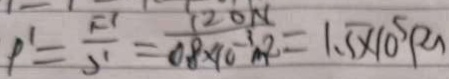
P ^ { \prime } = \frac { F ^ { \prime } } { S ^ { \prime } } = \frac { 1 2 0 N } { 0 . 8 \times 1 0 ^ { - 3 } m ^ { 2 } } = 1 . 5 \times 1 0 ^ { 5 } P a